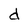
Character: d